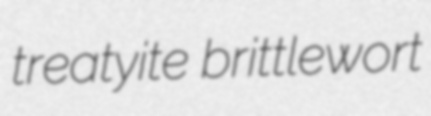
treatyite brittlewort